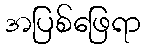
အပြစ်ဖြေရာ